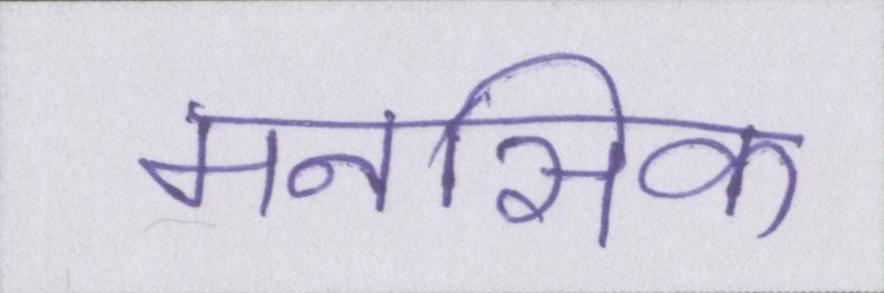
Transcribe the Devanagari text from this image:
मनसिक